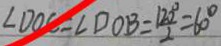
\angle D O C = \angle D O B = \frac { 1 2 0 ^ { \circ } } { 2 } = 6 0 ^ { \circ }